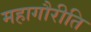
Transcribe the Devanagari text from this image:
महागौरीति